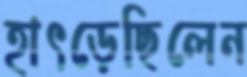
হাৎড়েছিলেন